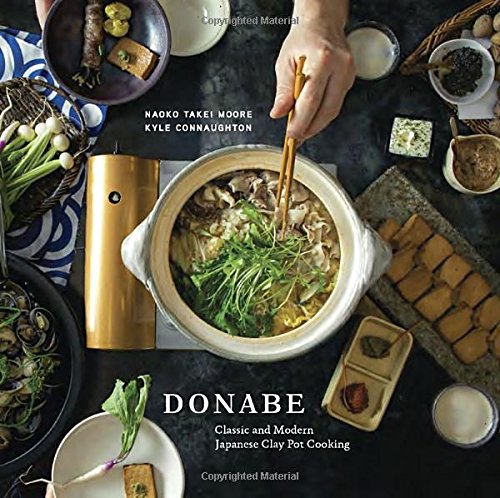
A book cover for Donabe: Classic and Modern Japanese Clay Pot Cooking; Naoko Takei Moore; Cookbooks, Food & Wine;